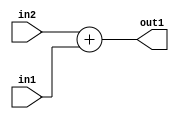
`timescale 1ps / 1ps
/*****************************************************************************
    Verilog RTL Description
    
    
    Created by: Stratus DpOpt 21.05.01 
*******************************************************************************/

module dut_Add_5Ux4U_6U_4 (
	in2,
	in1,
	out1
	); /* architecture "behavioural" */ 
input [4:0] in2;
input [3:0] in1;
output [5:0] out1;
wire [5:0] asc001;

assign asc001 = 
	+(in2)
	+(in1);

assign out1 = asc001;
endmodule

/* CADENCE  ubDySQw= : u9/ySxbfrwZIxEzHVQQV8Q== ** DO NOT EDIT THIS LINE ******/